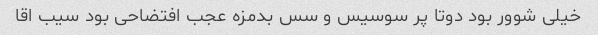
خیلی شوور بود دوتا پر سوسیس و سس بدمزه عجب افتضاحی بود سیب اقا